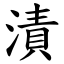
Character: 漬